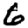
Digit: 6